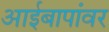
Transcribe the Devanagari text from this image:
आईबापांवर